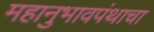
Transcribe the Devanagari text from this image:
महानुभावपंथाचा